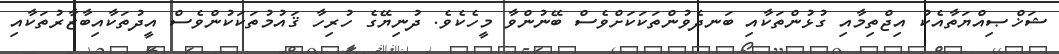
ޝަޚްޞިއްޔަތާއެކު އިޖްތިމާއި ގުޅުންތަކާއި ބަނދެވުންތަކަކަށްވެސް ބޭނުންވާ މީހެކެވެ. ދުނިޔޭގެ ހުރިހާ ޤައުމުތަކަކުންވެސް އީދުތަކާއިބާޒާރުތަކާއި